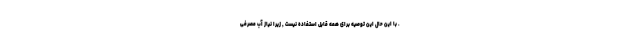
. با این حال این توصیه برای همه قابل استفاده نیست , زیرا نیاز آب مصرفی